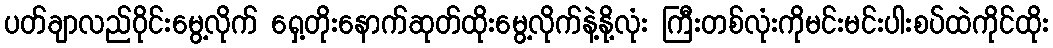
ပတ်ချာလည်ဝိုင်းမွေ့လိုက် ရှေ့တိုးနောက်ဆုတ်ထိုးမွေ့လိုက်နဲ့နို့လုံး ကြီးတစ်လုံးကိုမင်းမင်းပါးစပ်ထဲကိုင်ထိုး